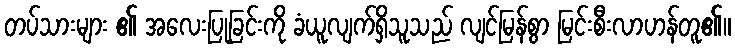
တပ်သားများ ၏ အလေးပြုခြင်းကို ခံယူလျက်ရှိသူသည် လျင်မြန်စွာ မြင်းစီးလာဟန်တူ၏။